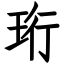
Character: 珩